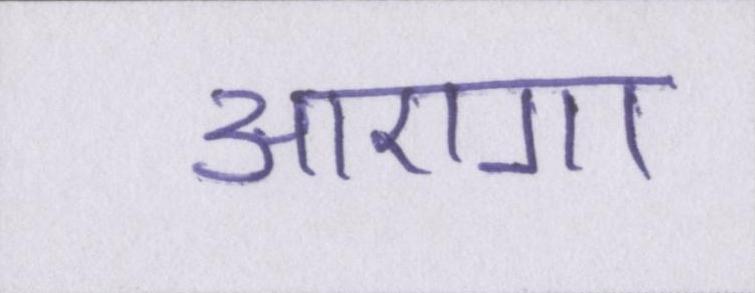
आएगा